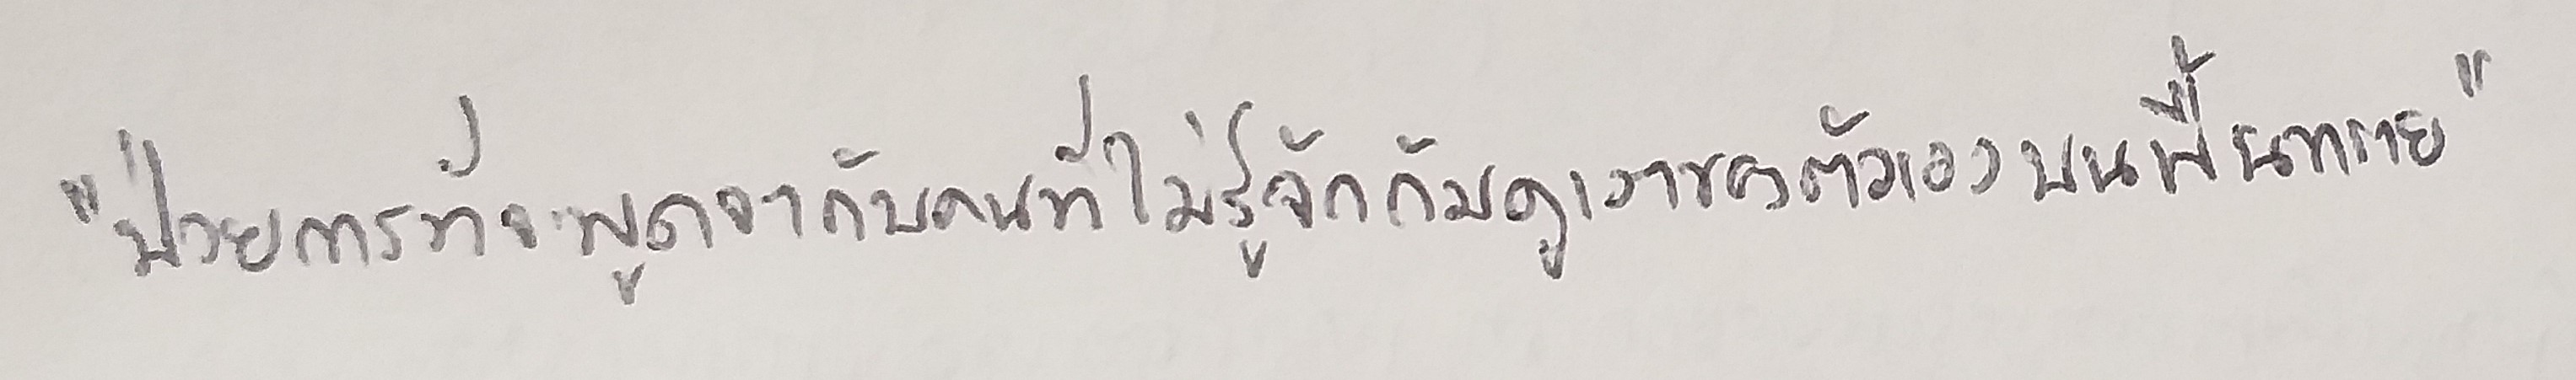
"ป่วยการที่จะพูดจากับคนที่ไม่รู้จักก้มดูเงาของตัวเองบนพื้นทราย"